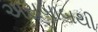
અસબાબથી